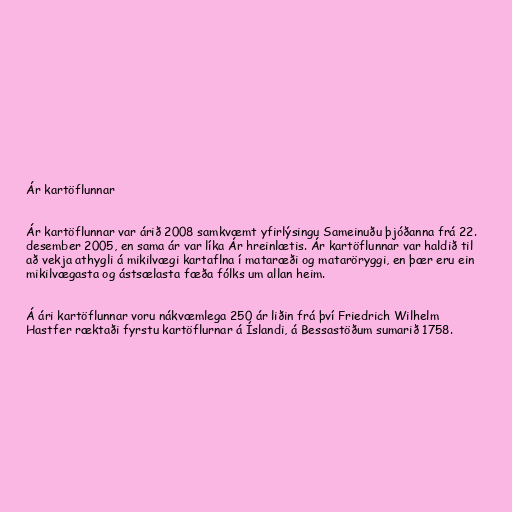
Ár kartöflunnar

Ár kartöflunnar var árið 2008 samkvæmt yfirlýsingu Sameinuðu þjóðanna frá 22.
desember 2005, en sama ár var líka Ár hreinlætis. Ár kartöflunnar var haldið til
að vekja athygli á mikilvægi kartaflna í mataræði og mataröryggi, en þær eru ein
mikilvægasta og ástsælasta fæða fólks um allan heim.

Á ári kartöflunnar voru nákvæmlega 250 ár liðin frá því Friedrich Wilhelm
Hastfer ræktaði fyrstu kartöflurnar á Íslandi, á Bessastöðum sumarið 1758.